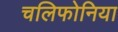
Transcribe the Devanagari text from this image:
चलिफोनिया